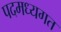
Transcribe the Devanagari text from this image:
पदमध्यगत